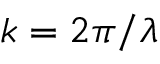
k = 2 \pi / \lambda